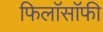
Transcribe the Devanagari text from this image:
फिलाॅसाॅफी